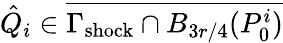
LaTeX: \hat{Q}_{i}\in\overline{{\Gamma_{\mathrm{shock}}\cap B_{3r/4}(P_{0}^{i})}}